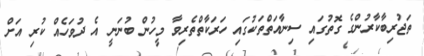
ތަޖުރިބާކާރުންގެ ގޮތުގައި ސިނާއަތްތަކުގައި ހަރަކާތްތެރިވާ މީހުން ބުނަނީ އެ ދުވަހެއް ކުރި އަށް